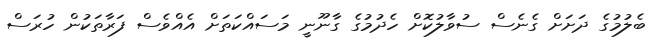
ބެލުމުގެ ދަށަށް ގެނެސް ސުވާލުކޮށް ހެދުމުގެ ގާނޫނީ މަސައްކަތަށް އެއްވެސް ފަރާތަކުން ހުރަސް